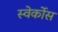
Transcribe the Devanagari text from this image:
स्वेर्कोस